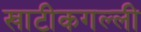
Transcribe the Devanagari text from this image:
खाटीकगल्ली